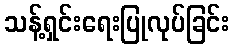
သန့်ရှင်းရေးပြုလုပ်ခြင်း